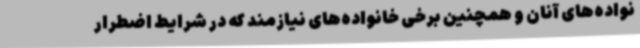
نواده‌های آنان و همچنین برخی خانواده‌های نیازمند که در شرایط اضطرار